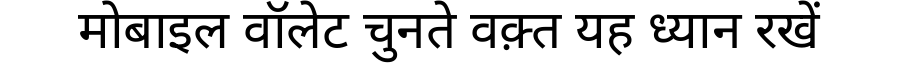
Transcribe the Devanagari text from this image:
मोबाइल वॉलेट चुनते वक़्त यह ध्यान रखें